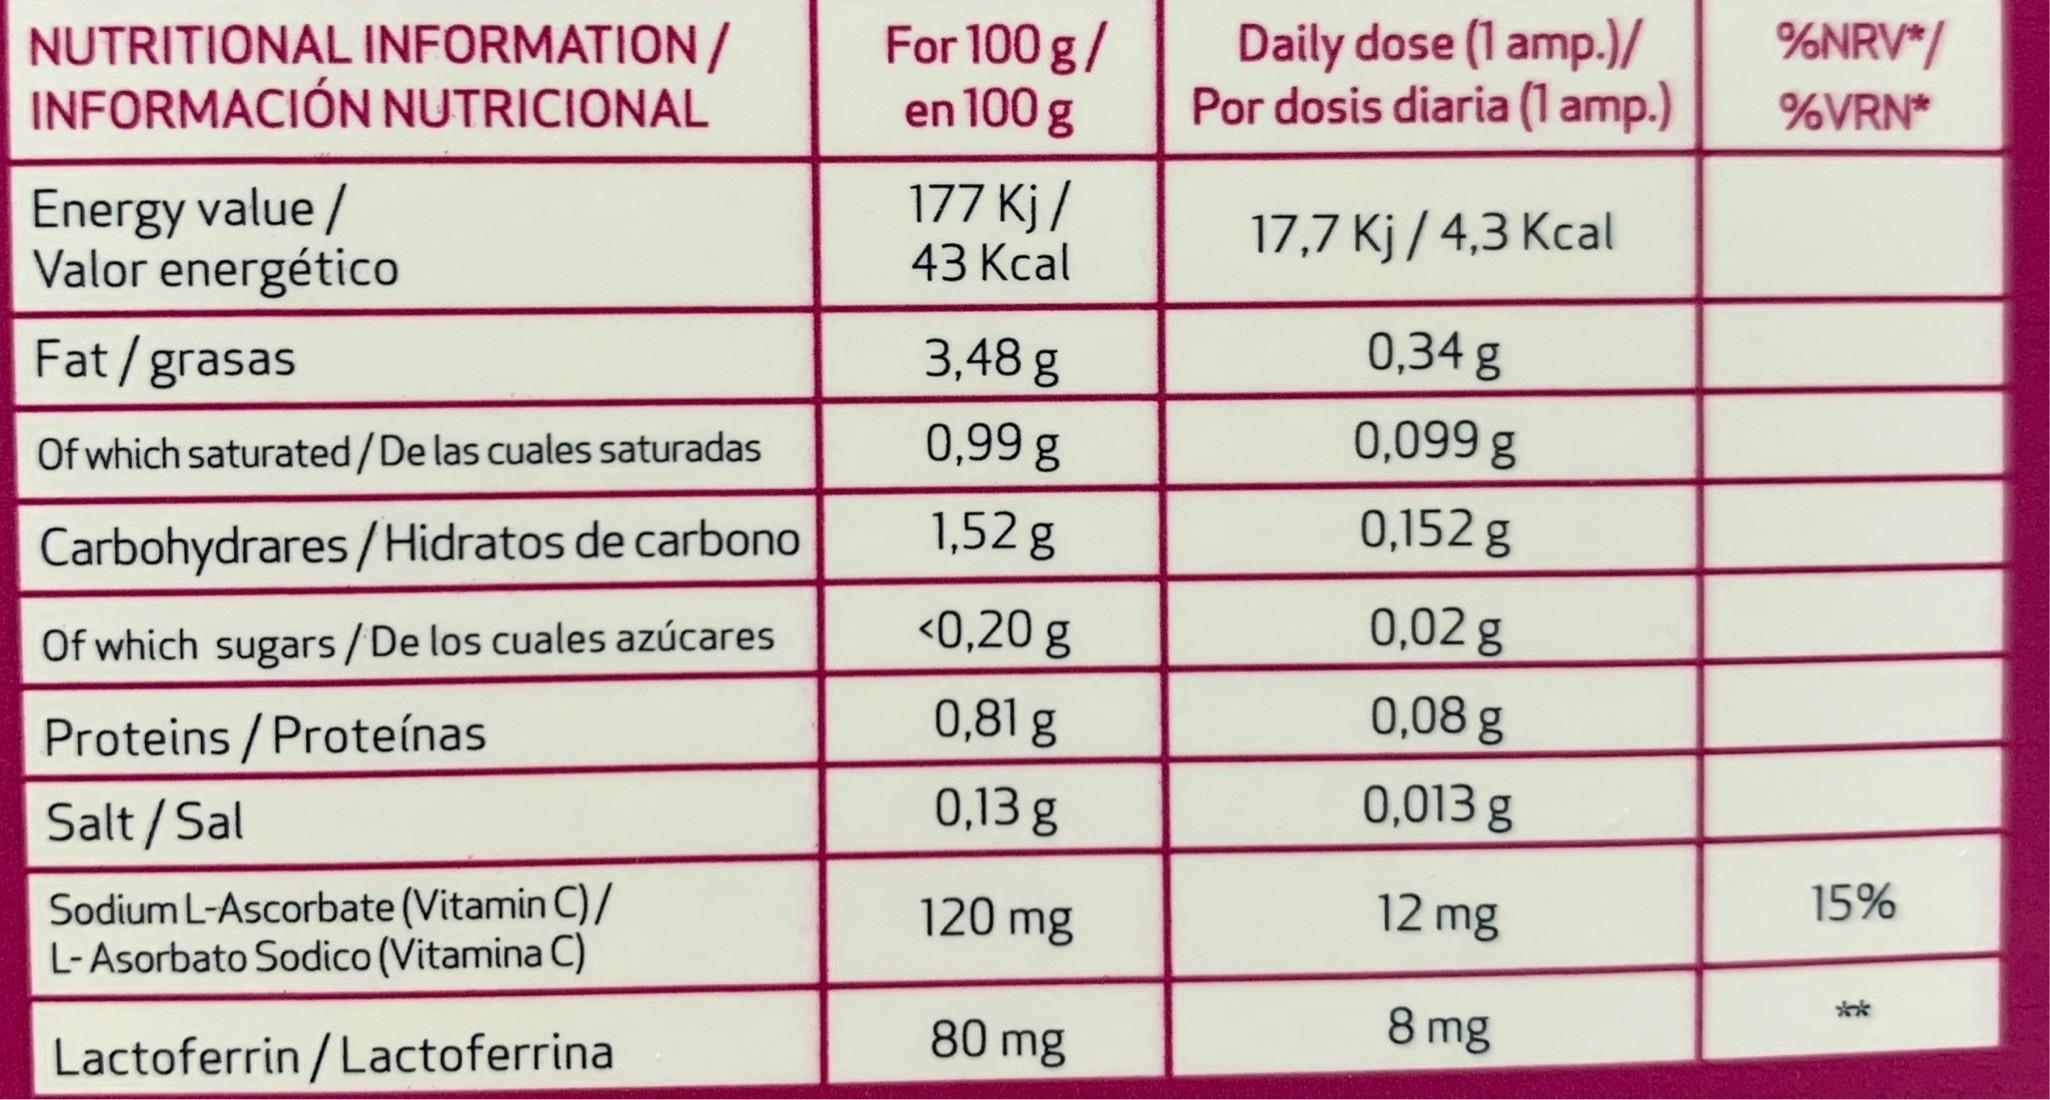
%NRV*/ NUTRITIONAL INFORMATION/ INFORMACIÓN NUTRICIONAL For 100 g/ en 100 g Daily dose (1 amp.)/ Por dosis diaria (1 amp.) %VRN* Energy value / Valor energético 177 Kj / 43 Kcal 17,7 Kj / 4,3 Kcal Fat/grasas 3,48 g 0,34 g 0,99 g 0,099 g Of which saturated/De las cuales saturadas 1,52 g 0,152 g Carbohydrares/Hidratos de carbono <0,20 g 0,02 g Of which sugars / De los cuales azúcares 0,81 g 0,08 g Proteins / Proteínas 0,13 g 0,013 g Salt/Sal 12 mg 15% Sodium L-Ascorbate (Vitamin C)/ L-Asorbato Sodico (Vitamina C) 120 mg ** 8 mg 80 mg Lactoferrin / Lactoferrina